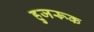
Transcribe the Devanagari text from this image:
हुजरूक